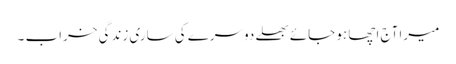
میرا آج اچھا ہو جائے بھلے دوسرے کی ساری زندگی خراب ۔